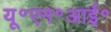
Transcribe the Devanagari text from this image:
यू॰एन॰आई॰